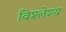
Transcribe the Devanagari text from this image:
विश्लेश्य